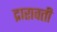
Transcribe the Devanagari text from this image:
द्रारावती